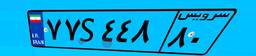
۷۷S۴۴۸۸۰